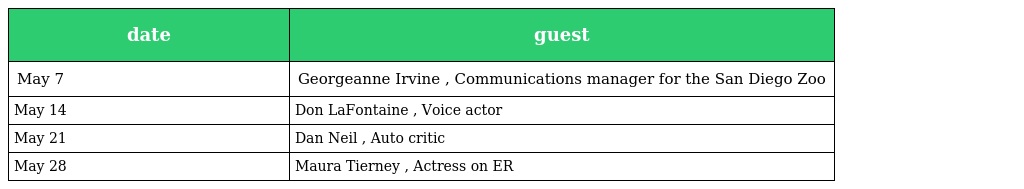
| date | guest |
 | --- | --- |
 | May 7 | Georgeanne Irvine , Communications manager for the San Diego Zoo |
 | May 14 | Don LaFontaine , Voice actor |
 | May 21 | Dan Neil , Auto critic |
 | May 28 | Maura Tierney , Actress on ER |